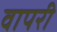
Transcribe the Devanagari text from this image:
वापरी